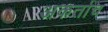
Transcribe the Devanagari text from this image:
अकर्ताच